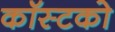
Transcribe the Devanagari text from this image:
कॉस्टको